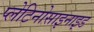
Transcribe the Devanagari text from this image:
प्लेटिनोसाइनाइड